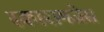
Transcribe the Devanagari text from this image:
स्कारामजेस